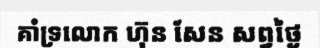
គាំទ្រលោក ហ៊ុន សែន សព្វថ្ងៃ